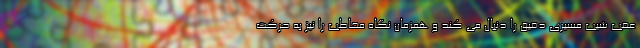
عقب شیب مسیری دقیق را دنبال می کند و همزمان نگاه مخاطب را نیز به حرکت